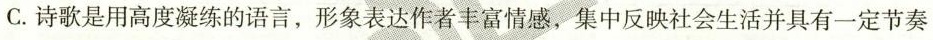
C.诗歌是用高度凝练的语言，形象表达作者丰富情感，集中反映社会生活并具有一定节奏